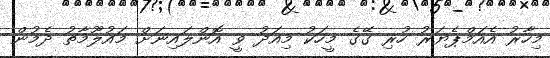
މިހާރު އެއަމްޕެޔަރު ހުރި ގޭގެ މީހަކު މިއަދު ވީ އޮންލައިނަށް މައުލޫމާތު ދެމުން